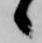
候